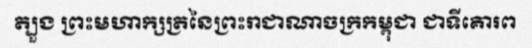
ត្បួង ព្រះមហាក្សត្រនៃព្រះរាជាណាចក្រកម្ពុជា ជាទីគោរព